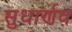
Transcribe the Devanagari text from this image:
सुधार्णव